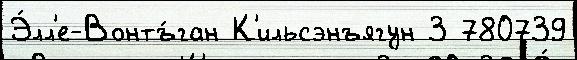
Э́лл'е-Вонтъ́ган К'ильсэнъягун 3 780739